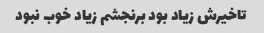
تاخیرش زیاد بود برنجشم زیاد خوب نبود